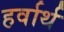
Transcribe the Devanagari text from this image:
हर्वार्थ